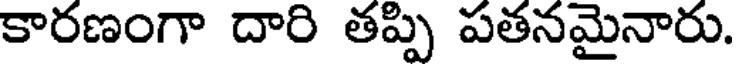
కారణంగా దారి తప్పి పతనమైనారు.